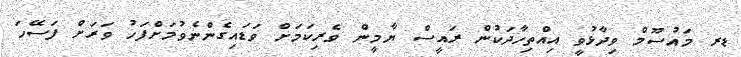
ޑރ މައުސޫމް ވިދާޅުވީ އިއްތިހާދަކުން ރައީސް ޔާމީން ވެރިކަމަށް ވަޑައިގެންނެވުމަށްފަހު ވަރަށް ފަސޭހަ